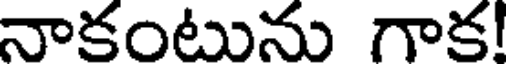
నాకంటును గాక!